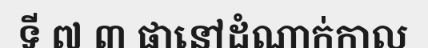
ទី ៧ ៣ ផានៅដំណាក់កាល